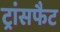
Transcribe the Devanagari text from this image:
ट्रांसफैट